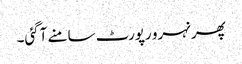
پھر نہرو رپورٹ سامنے آگئی۔